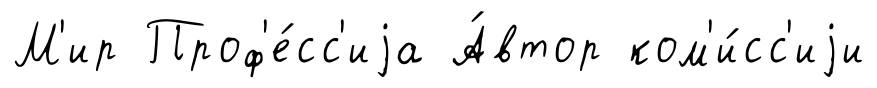
М'ир Проф'е́сс'иjа А́втор ком'и́сс'иjи